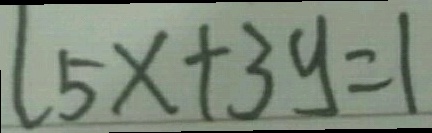
l 5 x + 3 y = 1